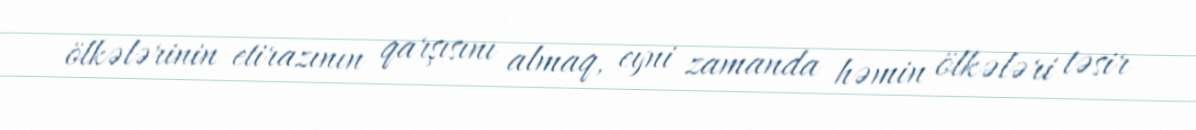
ölkələrinin etirazının qarşısını almaq, eyni zamanda həmin ölkələri təsir